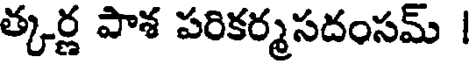
త్కర్ణ పాశ పరికర్మసదంసమ్ |